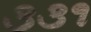
૩૩૧